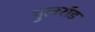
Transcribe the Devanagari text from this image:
पुलरॉड